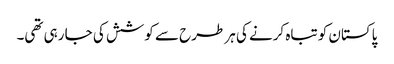
پاکستان کو تباہ کرنے کی ہر طرح سے کوشش کی جا رہی تھی۔